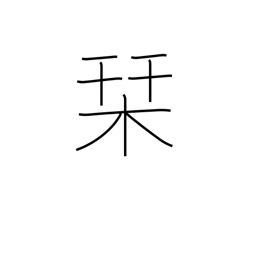
Meaning: guidebook